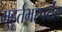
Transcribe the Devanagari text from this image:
मुहूर्तभरपर्यंत